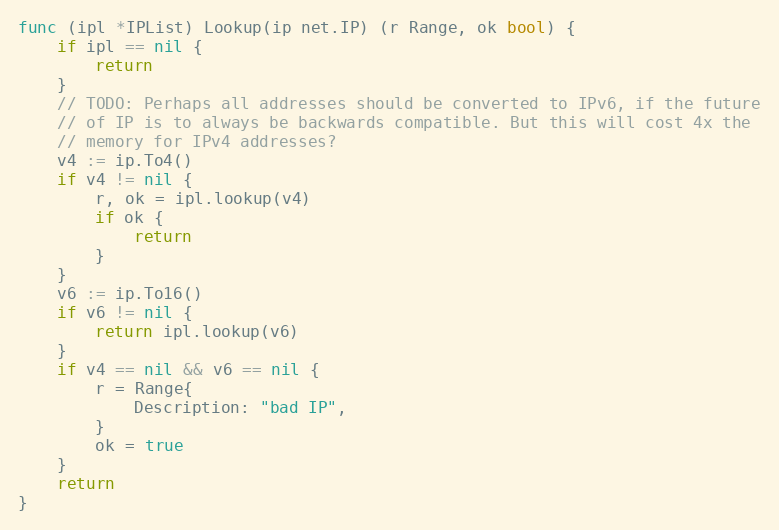
Language: Go
func (ipl *IPList) Lookup(ip net.IP) (r Range, ok bool) {
	if ipl == nil {
		return
	}
	// TODO: Perhaps all addresses should be converted to IPv6, if the future
	// of IP is to always be backwards compatible. But this will cost 4x the
	// memory for IPv4 addresses?
	v4 := ip.To4()
	if v4 != nil {
		r, ok = ipl.lookup(v4)
		if ok {
			return
		}
	}
	v6 := ip.To16()
	if v6 != nil {
		return ipl.lookup(v6)
	}
	if v4 == nil && v6 == nil {
		r = Range{
			Description: "bad IP",
		}
		ok = true
	}
	return
}